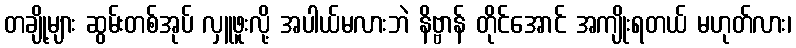
တချို့များ ဆွမ်းတစ်အုပ် လှူဖူးလို့ အပါယ်မလားဘဲ နိဗ္ဗာန် တိုင်အောင် အကျိုးရတယ် မဟုတ်လား၊